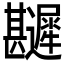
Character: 𲆎